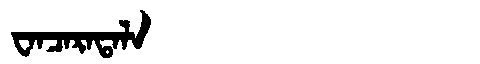
Manchu: ᠸᠠᠨᠴᠠᡵᠠᡨᠠᠯᠠ
Romanization: WANCARATALA